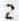
2